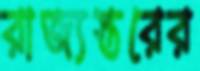
রাজ্যস্তরের